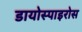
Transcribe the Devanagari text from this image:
डायोस्पाइरोस